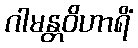
ဂါမန္တဝိဟာရိံ